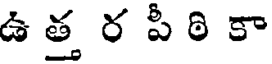
ఉ త్త ర పీ ఠి కా